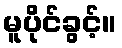
မူပိုင်ခွင့်။